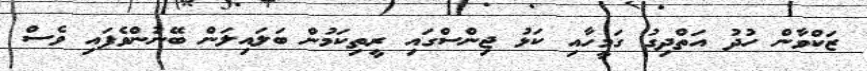
ޒަކްވާން ހުދު އަތްދިގު ގަމީހާއި ކަޅު ޖިންސްގައި ރީތިކަމުން ބަލައިލަން ބޭނުންވެފައި ވެސް